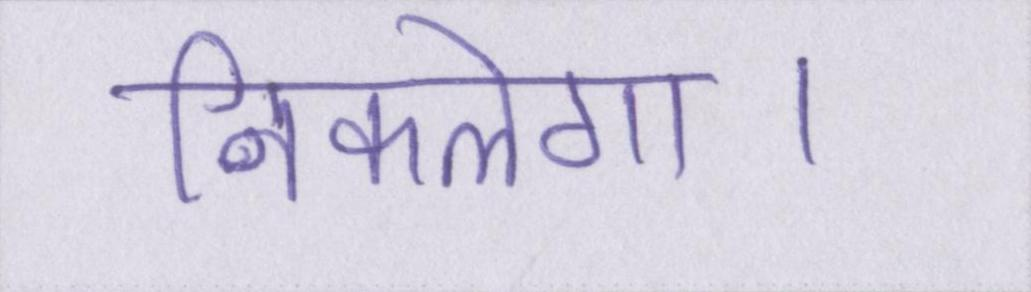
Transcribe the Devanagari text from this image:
निकलेगा।